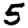
Digit: 5